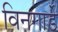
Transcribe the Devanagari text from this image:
विनगार्डे